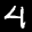
Label: 4